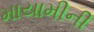
માયામીની